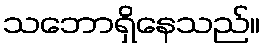
သဘောရှိနေသည်။